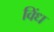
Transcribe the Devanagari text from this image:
विंध